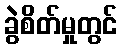
ခွဲစိတ်မှုတွင်